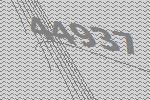
44937